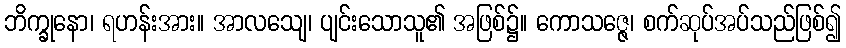
ဘိက္ခုနော၊ ရဟန်းအား။ အာလသျေ၊ ပျင်းသောသူ၏ အဖြစ်၌။ ကောသဇ္ဇေ၊ စက်ဆုပ်အပ်သည်ဖြစ်၍